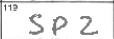
Transcription: SPZ